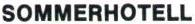
SOMMERHOTELL